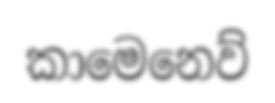
කාමෙනෙව්